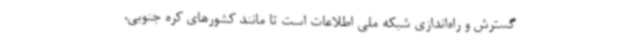
گسترش و راه‌اندازی شبکه ملی اطلاعات است تا مانند کشورهای کره‌ جنوبی،